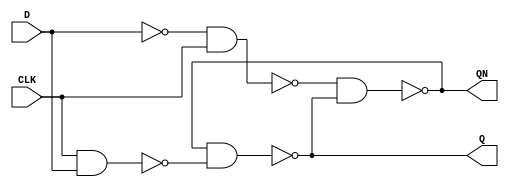
// Copyright (C) 2022  Intel Corporation. All rights reserved.
// Your use of Intel Corporation's design tools, logic functions 
// and other software and tools, and any partner logic 
// functions, and any output files from any of the foregoing 
// (including device programming or simulation files), and any 
// associated documentation or information are expressly subject 
// to the terms and conditions of the Intel Program License 
// Subscription Agreement, the Intel Quartus Prime License Agreement,
// the Intel FPGA IP License Agreement, or other applicable license
// agreement, including, without limitation, that your use is for
// the sole purpose of programming logic devices manufactured by
// Intel and sold by Intel or its authorized distributors.  Please
// refer to the applicable agreement for further details, at
// https://fpgasoftware.intel.com/eula.

// PROGRAM		"Quartus Prime"
// VERSION		"Version 21.1.1 Build 850 06/23/2022 SJ Standard Edition"
// CREATED		"Tue Nov  1 08:30:19 2022"

module lab9step2(
	D,
	CLK,
	Q,
	QN
);


input wire	D;
input wire	CLK;
output wire	Q;
output wire	QN;

wire	SYNTHESIZED_WIRE_0;
wire	SYNTHESIZED_WIRE_1;
wire	SYNTHESIZED_WIRE_2;
wire	SYNTHESIZED_WIRE_3;
wire	SYNTHESIZED_WIRE_4;

assign	Q = SYNTHESIZED_WIRE_4;
assign	QN = SYNTHESIZED_WIRE_1;



assign	SYNTHESIZED_WIRE_2 = ~(CLK & D);

assign	SYNTHESIZED_WIRE_3 = ~(SYNTHESIZED_WIRE_0 & CLK);

assign	SYNTHESIZED_WIRE_4 = ~(SYNTHESIZED_WIRE_1 & SYNTHESIZED_WIRE_2);

assign	SYNTHESIZED_WIRE_1 = ~(SYNTHESIZED_WIRE_3 & SYNTHESIZED_WIRE_4);

assign	SYNTHESIZED_WIRE_0 =  ~D;


endmodule